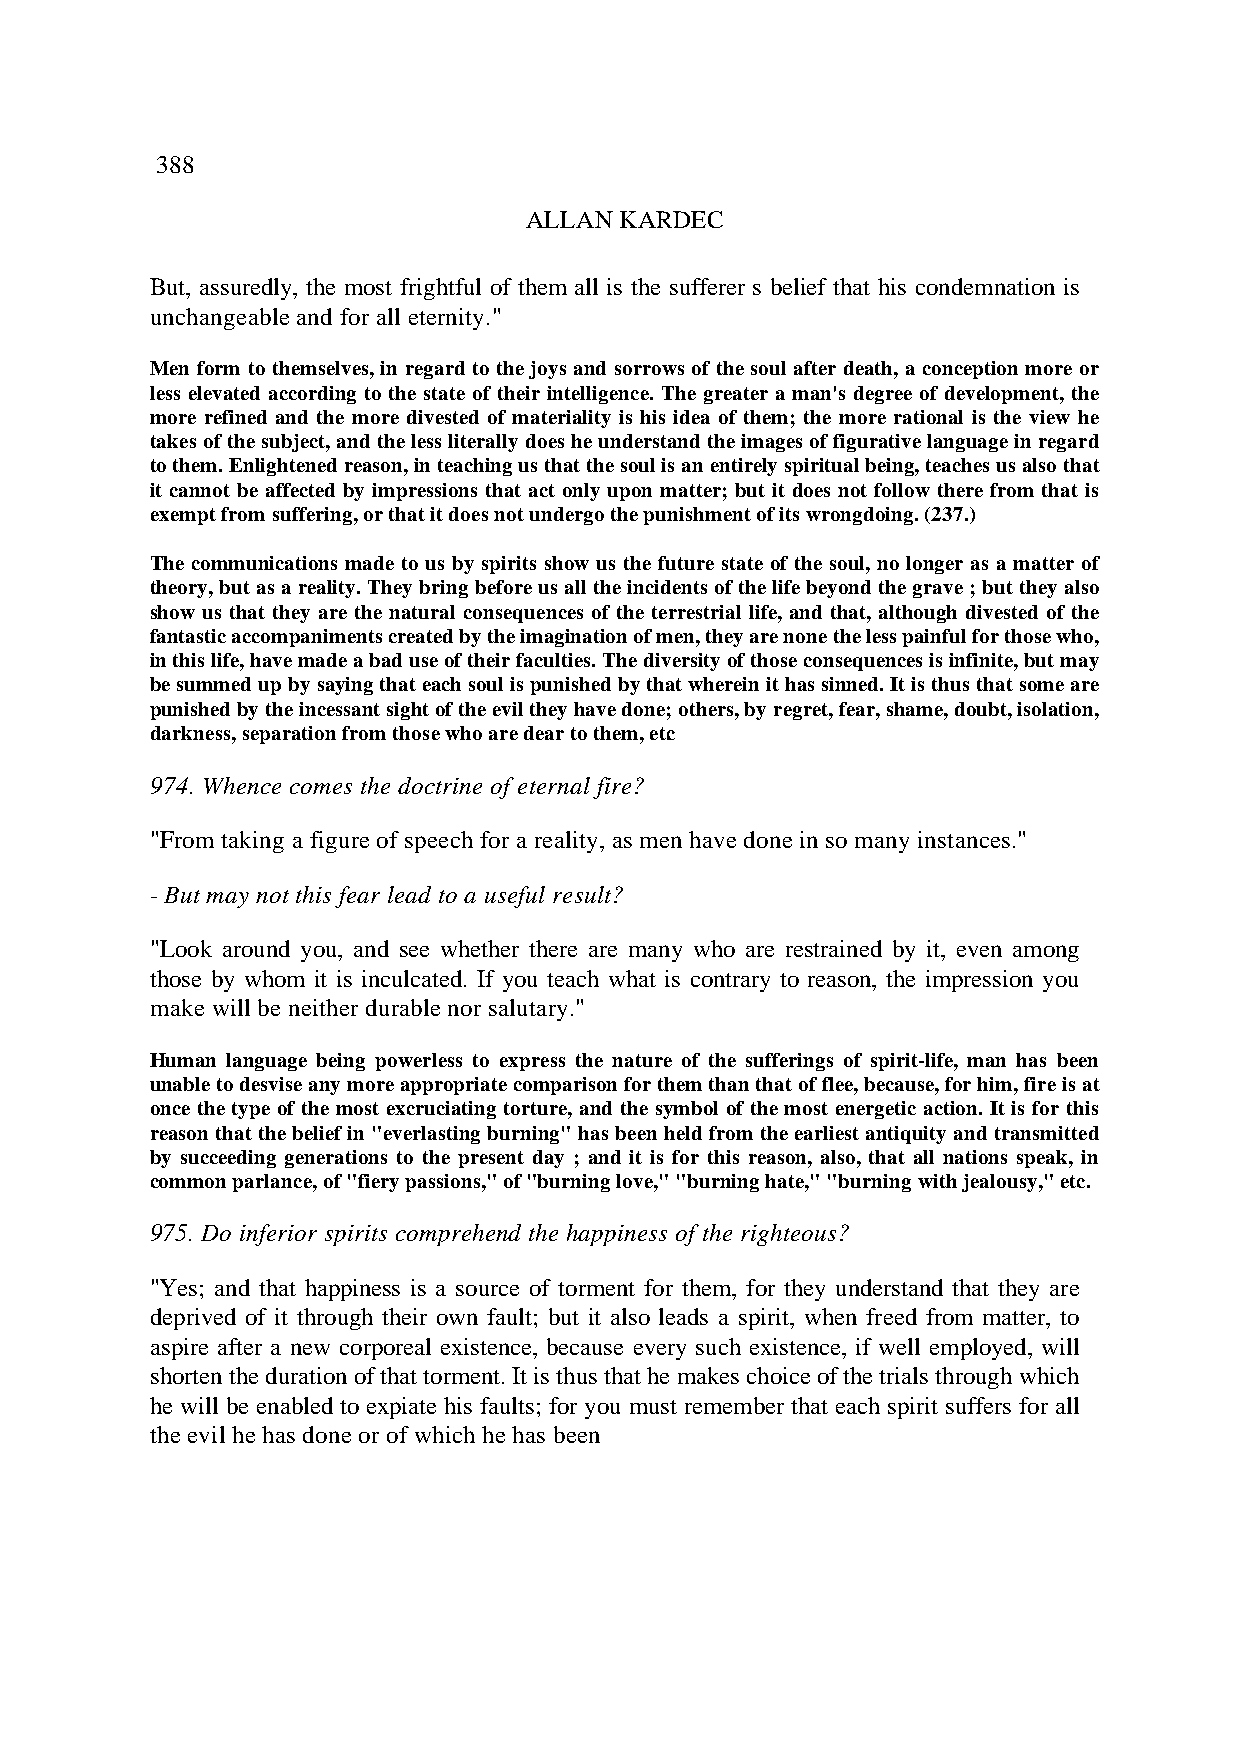
388
 ALLAN KARDEC
 But, assuredly, the most frightful of them all is the sufferer s belief that his condemnation is
 unchangeable and for all eternity."
 Men form to themselves, in regard to the joys and sorrows of the soul after death, a conception more or
 less elevated according to the state of their intelligence. The greater a man's degree of development, the
 more refined and the more divested of materiality is his idea of them; the more rational is the view he
 takes of the subject, and the less literally does he understand the images of figurative language in regard
 to them. Enlightened reason, in teaching us that the soul is an entirely spiritual being, teaches us also that
 it cannot be affected by impressions that act only upon matter; but it does not follow there from that is
 exempt from suffering, or that it does not undergo the punishment of its wrongdoing. (237.)
 The communications made to us by spirits show us the future state of the soul, no longer as a matter of
 theory, but as a reality. They bring before us all the incidents of the life beyond the grave ; but they also
 show us that they are the natural consequences of the terrestrial life, and that, although divested of the
 fantastic accompaniments created by the imagination of men, they are none the less painful for those who,
 in this life, have made a bad use of their faculties. The diversity of those consequences is infinite, but may
 be summed up by saying that each soul is punished by that wherein it has sinned. It is thus that some are
 punished by the incessant sight of the evil they have done; others, by regret, fear, shame, doubt, isolation,
 darkness, separation from those who are dear to them, etc.
 974. Whence comes the doctrine of eternal fire?
 "From taking a figure of speech for a reality, as men have done in so many instances."
 - But may not this fear lead to a useful result?
 "Look around you, and see whether there are many who are restrained by it, even among
 those by whom it is inculcated. If you teach what is contrary to reason, the impression you
 make will be neither durable nor salutary."
 Human language being powerless to express the nature of the sufferings of spirit-life, man has been
 unable to desvise any more appropriate comparison for them than that of flee, because, for him, fire is at
 once the type of the most excruciating torture, and the symbol of the most energetic action. It is for this
 reason that the belief in "everlasting burning" has been held from the earliest antiquity and transmitted
 by succeeding generations to the present day ; and it is for this reason, also, that all nations speak, in
 common parlance, of "fiery passions," of "burning love," "burning hate," "burning with jealousy," etc.
 975. Do inferior spirits comprehend the happiness of the righteous?
 "Yes; and that happiness is a source of torment for them, for they understand that they are
 deprived of it through their own fault; but it also leads a spirit, when freed from matter, to
 aspire after a new corporeal existence, because every such existence, if well employed, will
 shorten the duration of that torment. It is thus that he makes choice of the trials through which
 he will be enabled to expiate his faults; for you must remember that each spirit suffers for all
 the evil he has done or of which he has been